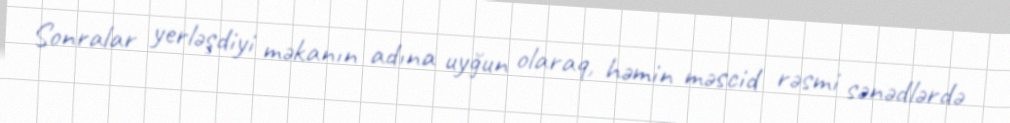
Sonralar yerləşdiyi məkanın adına uyğun olaraq, həmin məscid rəsmi sənədlərdə